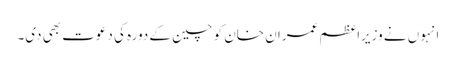
انہوں نے وزیراعظم عمران خان کو چین کے دورہ کی دعوت بھی دی۔